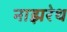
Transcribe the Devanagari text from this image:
नाझरेथ